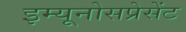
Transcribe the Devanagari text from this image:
इम्यूनोसप्रेसेंट